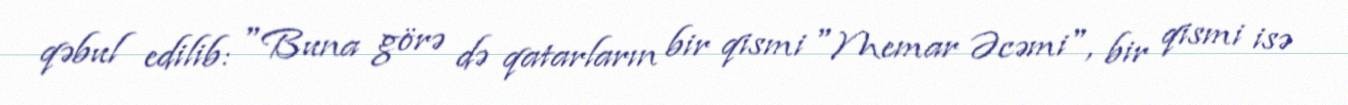
qəbul edilib: "Buna görə də qatarların bir qismi "Memar Əcəmi", bir qismi isə